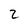
Character: 2